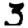
Digit: 3